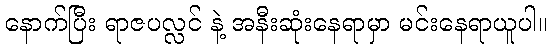
နောက်ပြီး ရာဇပလ္လင် နဲ့ အနီးဆုံးနေရာမှာ မင်းနေရာယူပါ။